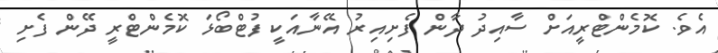
އެވެ. ކޮމެންޓްރީއަށް ސާއިދު ދާން ފެށިއިރު އޭނާއަކީ ފުޓްބޯޅަ ކޮމެންޓްރީ ދޭން ފެށި